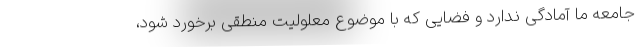
جامعه ما آمادگی ندارد و فضایی که با موضوع معلولیت منطقی برخورد شود،